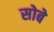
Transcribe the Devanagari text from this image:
सोबे